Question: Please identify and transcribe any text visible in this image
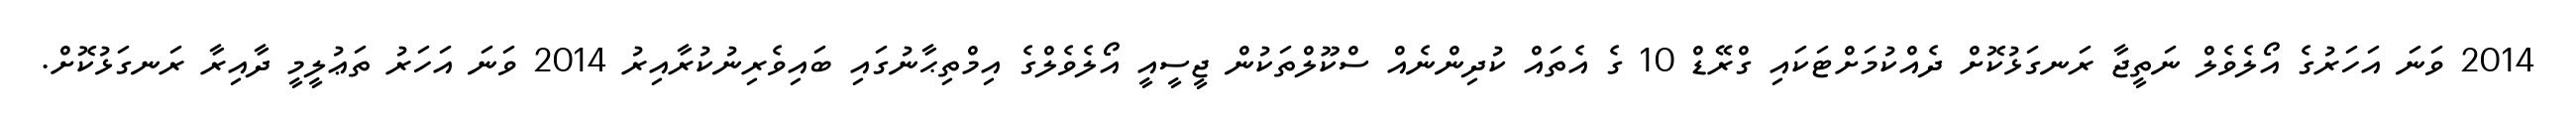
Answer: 2014 ވަނަ އަހަރުގެ އޯލެވެލް ނަތީޖާ ރަނގަޅުކޮށް ދެއްކުމަށްޓަކައި ގްރޭޑް 10 ގެ އެތައް ކުދިންނެއް ސްކޫލްތަކުން ޖީސީއީ އޯލެވެލްގެ އިމްތިޙާނުގައި ބައިވެރިނުކުރާއިރު 2014 ވަނަ އަހަރު ތަޢުލީމީ ދާއިރާ ރަނގަޅުކޮށް.